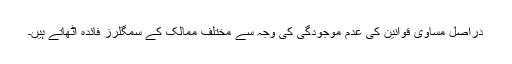
دراصل مساوی قوانین کی عدم موجودگی کی وجہ سے مختلف ممالک کے سمگلرز فائدہ اٹھاتے ہیں۔